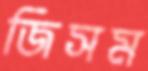
জিসম